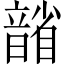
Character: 𪱐